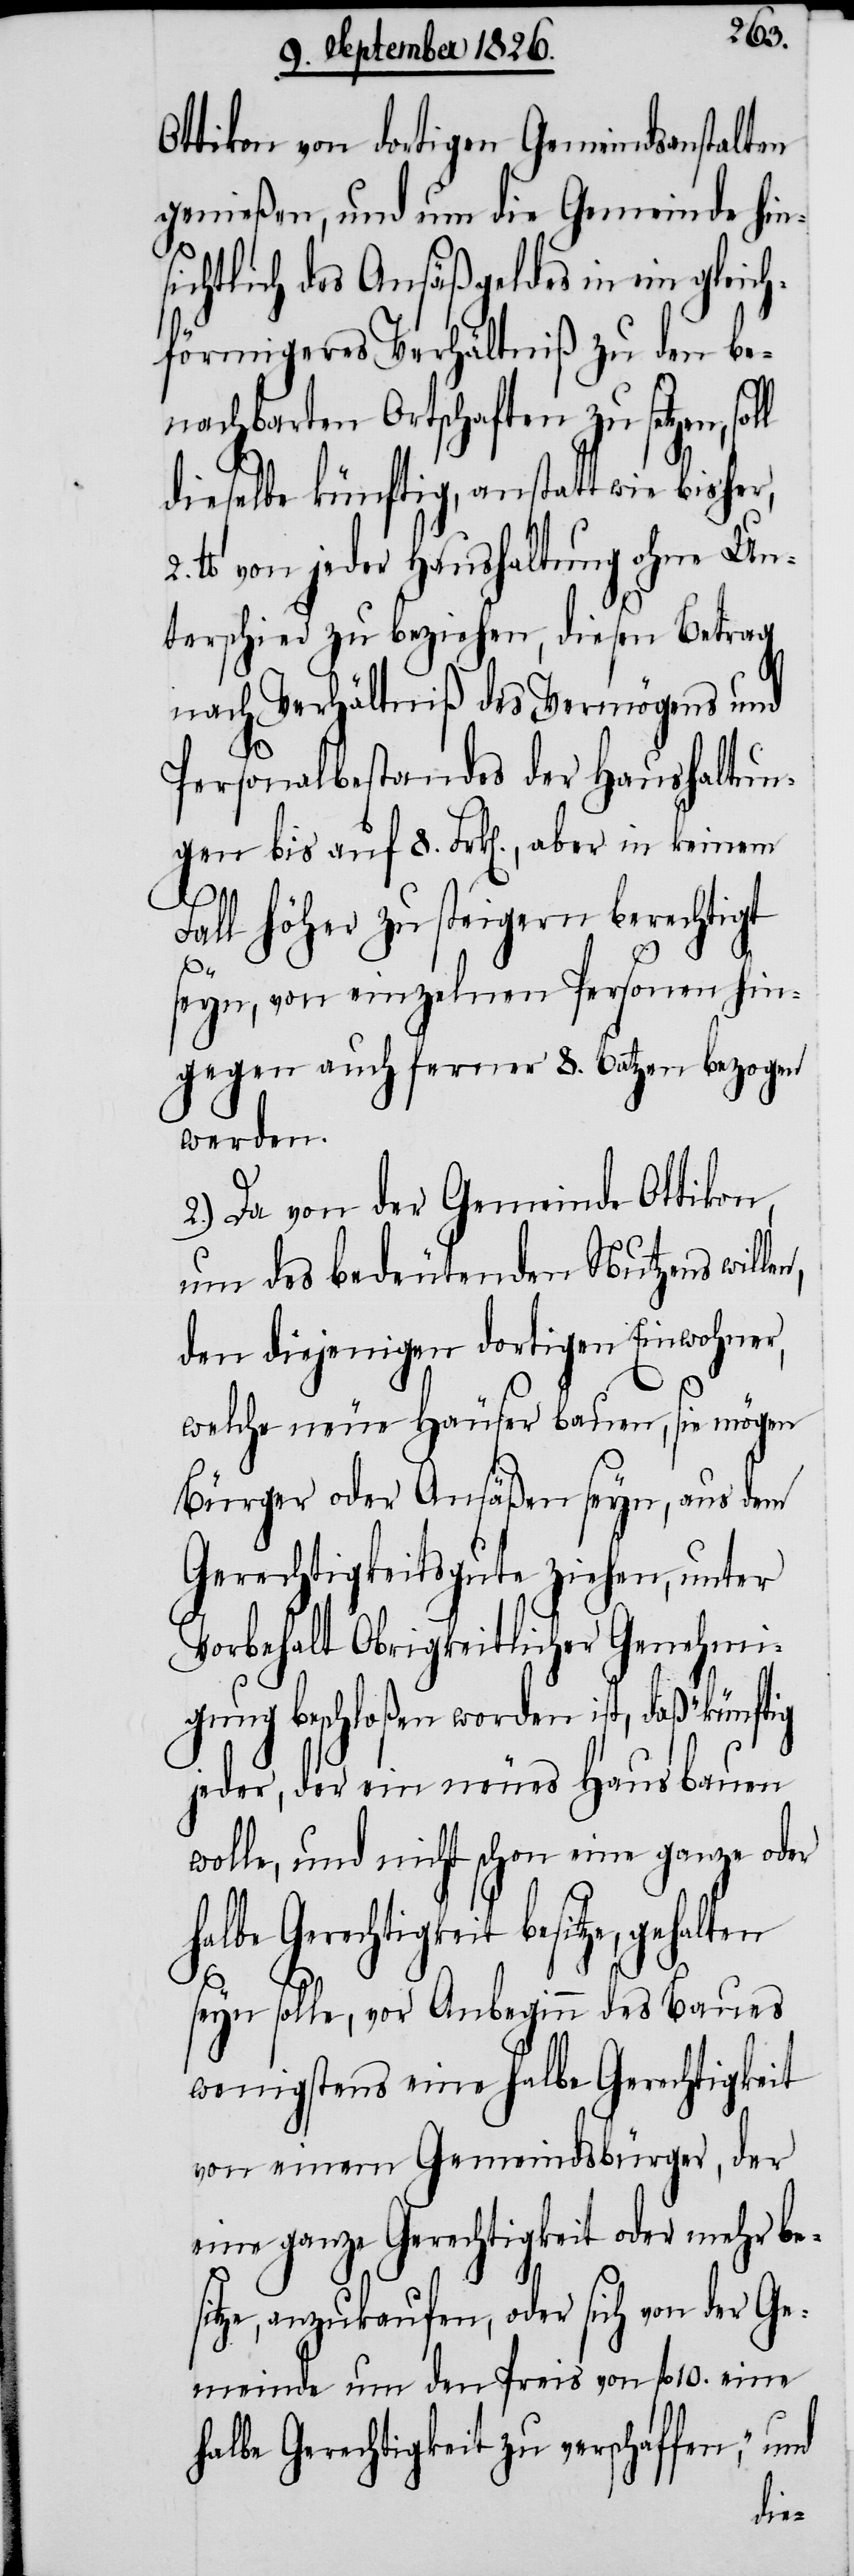
Ottikon von dortigen Gemeindsanstalten
genießen, und um die Gemeinde hin¬
sichtlich des Ansäßgeldes in ein gleich¬
förmigeres Verhältniß zu den be¬
nachbarten Ortschaften zu setzen,
dieselbe künftig, anstatt wie bisher,
lb. von jeder Haushaltung ohne Un¬
terschied zu beziehen, diesen Betrag
nach Verhältniß des Vermögens und
Personalbestandes der Haushaltun¬
gen bis auf 8. Frk[en]., aber in keinem
Fall höher zu steigern berechtigt
seyn, von einzelnen Personen hin¬
gegen auch ferner 8. Btz[en]. bezogen
werden.
2.) Da von der Gemeinde Ottikon,
um des bedeutenden Nutzens willen,
den diejenigen dortigen Einwohner,
welche neue Häuser bauen, sie mögen
Bürger oder Ansäßen seyn, aus dem
Gerechtigkeitsgute ziehen, unter
Vorbehalt Obrigkeitlicher Genehmi¬
gung beschloßen worden ist, daß künftig
jeder, der ein neues Haus bauen
wolle, und nicht schon eine ganze oder
halbe Gerechtigkeit besitze, gehalten
seyn solle, vor Anbeginn des Baues
wenigstens eine halbe Gerechtigkeit
von einem Gemeindsbürger, der
eine ganze Gerechtigkeit oder mehr bes¬
itze, anzukaufen, oder sich von der Ge¬
meinde um den Preis von fl. 10. eine
halbe Gerechtigkeit zu verschaffen, und